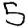
Digit: 5